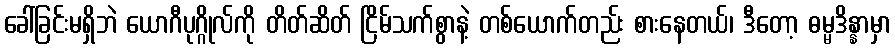
ခေါ်ခြင်းမရှိဘဲ ယောဂီပုဂ္ဂိုလ်ကို တိတ်ဆိတ် ငြိမ်သက်စွာနဲ့ တစ်ယောက်တည်း စားနေတယ်၊ ဒီတော့ ဓမ္မဒိန္နာမှာ